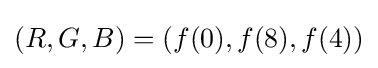
(R,G,B)=(f(0),f(8),f(4))